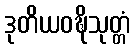
ဒုတိယဝဍ္ဎိသုတ္တံ